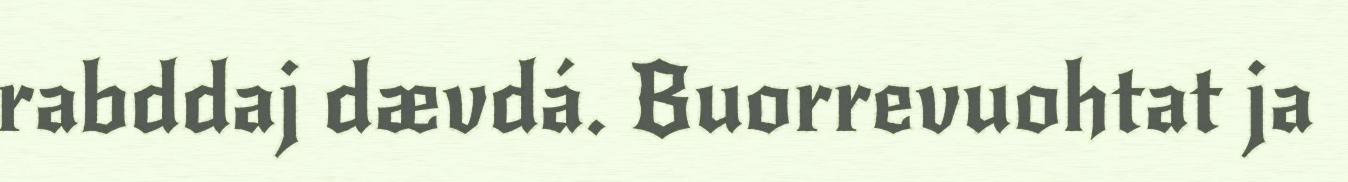
rabddaj dævdá. Buorrevuohtat ja